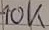
Text: 10K